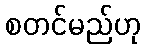
စတင်မည်ဟု